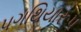
પગથિયારૂપ